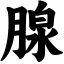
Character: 腺